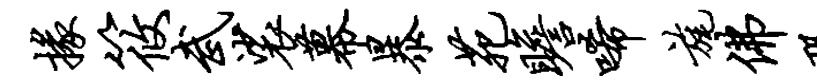
掾筱武裟幕暴苑瞻唏旄佛恐